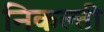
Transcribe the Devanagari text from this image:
निकल्ती